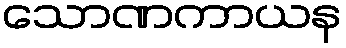
သောဏကာယန